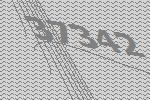
37342